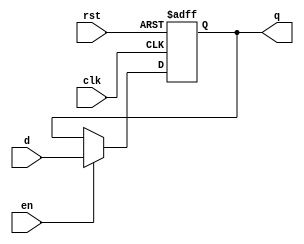
module AsyncResetReg(
  input clk,
  input rst,
  input en,
  input d,
  output q
);
   wire clk;
   wire rst;
   wire d;
   reg q;

always @ (posedge clk or posedge rst)
begin
    if (rst == 1'b1) begin
        q <= 0;
    end else if (en == 1'b1) begin
        q <= d;
    end
end    

endmodule